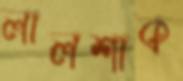
লালশাক